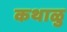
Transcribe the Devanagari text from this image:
कथाळु